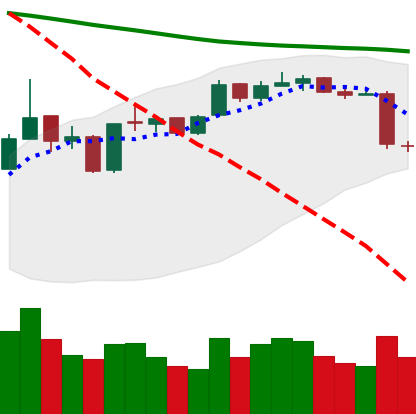
Ticker: ETH-USD
Chart end date: 2019-01-11
Forward return: -3.137%
Label: down_3_5